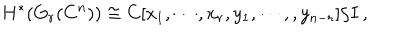
LaTeX: H ^ { * } ( G _ { r } ( C ^ { n } ) ) \cong C [ x _ { 1 } , \cdots , x _ { r } , y _ { 1 } , \cdots , , y _ { n - r } ] / I \, ,